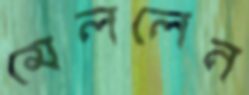
মেললেন